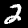
Label: 2